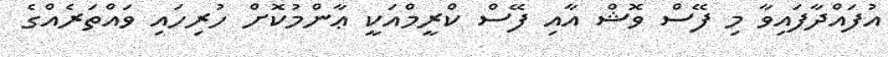
އުފައްދާފައިވާ މި ފޭސް ވޮޝް އާއި ފޭސް ކްރީމްއަކީ ޢާންމުކޮށް ހުރިހައި ވައްތަރެއްގެ